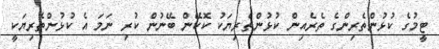
ޓީމުގެ ކުޅުންތެރިންގެ ތެރެއިން ކުޅުންތެރިޔަކު ކޮކޭން ބޭނުން ކުރި ނަމަ އެ ކުޅުންތެރިޔަކީ